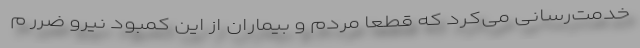
خدمت‌رسانی می‌کرد که قطعاً مردم و بیماران از این کمبود نیرو ضرر م